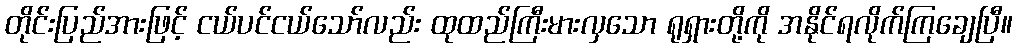
တိုင်းပြည်အားဖြင့် ငယ်ပင်ငယ်သော်လည်း ထုထည်ကြီးမားလှသော ရုရှားတို့ကို အနိုင်ရလိုက်ကြချေပြီ။